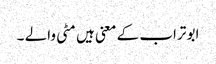
ابو تراب کے معنی ہیں مٹی والے ۔